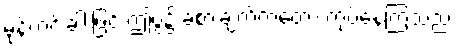
မုန့်ဟင်းခါးဖြင့် ဤပွဲ၌ ခံစားချက်ကတော့ ကုပ်နေကြသည်